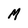
Character: M